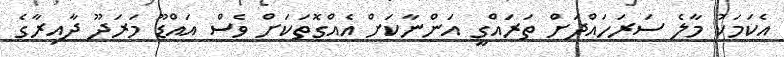
އެކަމަކު މާލެ ސަރަހައްދަށް ތަރައްްގީ އަންނާކަށް އެއްގޮތަކަށް ވެސް އައްޑޫ މަރަދޫ ދާއިރާގެ